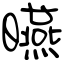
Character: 曣